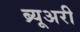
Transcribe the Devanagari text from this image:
ब्र्यूअरी